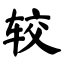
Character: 较